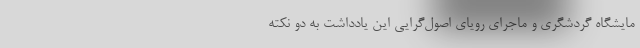
مایشگاه گردشگری و ماجرای رویای اصول‌گرایی این یادداشت به دو نکته